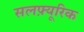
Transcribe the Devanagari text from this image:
सलफ़्यूरिक